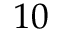
1 0